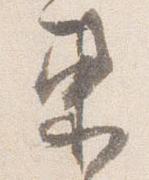
東